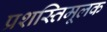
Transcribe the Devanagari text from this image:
प्रशस्तिमूलक